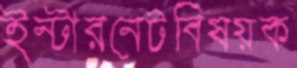
ইন্টারনেটবিষয়ক